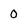
Character: 0